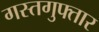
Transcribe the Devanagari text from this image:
गस्तगुफ्तार